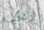
ارتكبها